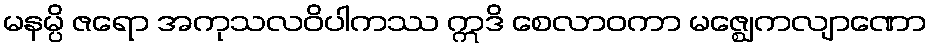
မနမ္ပိ ဇရော အကုသလဝိပါကဿ ဣဒိ စေလာဝကာ မဇ္ဈေကလျာဏော